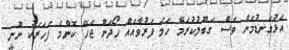
އަޅުގަނޑުމެން ވެސް ގަބޫލުކުރަމޭ ހަމަ ފަރުވާއެއް ހޯދަން ޖެހޭ ކޮންމެ ފަހަރަކު ނޫނީ